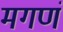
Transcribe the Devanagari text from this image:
मगणं